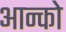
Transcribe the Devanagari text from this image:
आन्को